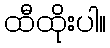
ထီထိုးပါ။